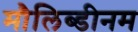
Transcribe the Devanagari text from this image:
मौलिब्डीनम